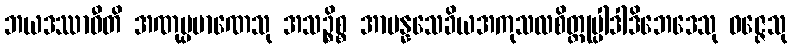
ဘယဒဿာဝီတိ အဏုပ္ပမာဏေသု အသဉ္စိစ္စ အာပန္နသေခိယအကုသလစိတ္တုပ္ပါဒါဒိဘေဒေသု ဝဇ္ဇေသု